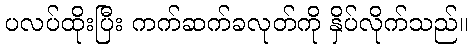
ပလပ်ထိုးပြီး ကက်ဆက်ခလုတ်ကို နှိပ်လိုက်သည်။